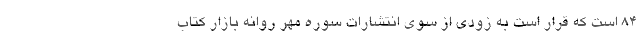
۸۴ است که قرار است به زودی از سوی انتشارات سوره مهر روانه بازار کتاب